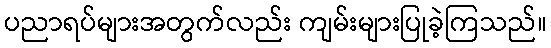
ပညာရပ်များအတွက်လည်း ကျမ်းများပြုခဲ့ကြသည်။